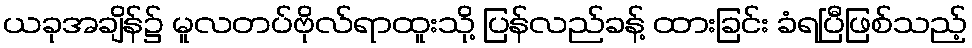
ယခုအချိန်၌ မူလတပ်ဗိုလ်ရာထူးသို့ ပြန်လည်ခန့် ထားခြင်း ခံရပြီဖြစ်သည့်